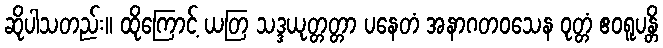
ဆိုပါသတည်း။ ထိုကြောင့် ယတြ သဒ္ဒယုတ္တတ္တာ ပနေတံ အနာဂတဝသေန ဝုတ္တံ ဧဝရူပန္တိ